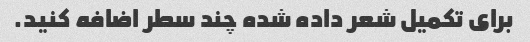
برای تکمیل شعر داده شده چند سطر اضافه کنید.